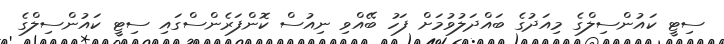
ސިޓީ ކައުންސިލްގެ މިއަދުގެ ބައްދަލުވުމަށް ފަހު ބޭއްވި ނިއުސް ކޮންފަރެންސްގައި ސިޓީ ކައުންސިލްގެ